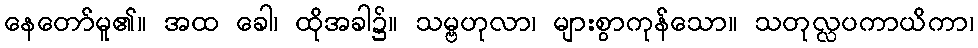
နေတော်မူ၏။ အထ ခေါ၊ ထိုအခါ၌။ သမ္ဗဟုလာ၊ များစွာကုန်သော။ သတုလ္လပကာယိကာ၊